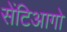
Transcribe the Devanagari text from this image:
सेंटिआगो